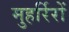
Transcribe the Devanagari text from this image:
मुहर्रिरों